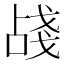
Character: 𢧗